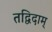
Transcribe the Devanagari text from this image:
तद्विदाम्